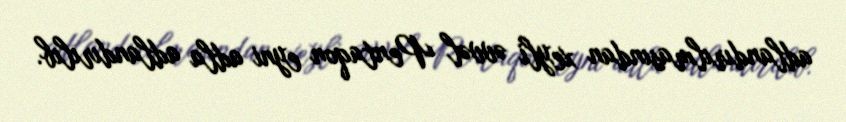
adlandırılmasından xeyli əvvəl Pentaqon eyni adla adlandırılıb.